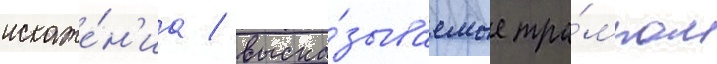
искаже́н'иа / выска́зываемые тра́мпом